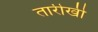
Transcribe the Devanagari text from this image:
तारीखी